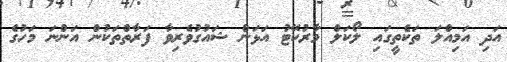
އަދި އަމިއްލަ ތަކެތީގައި ލޯކަލް މާރުކޭޓު އަޅަން ޝައުގުވެރިވާ ފަރާތްތަކުން އަންނަ މަހުގެ